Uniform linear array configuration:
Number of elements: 8
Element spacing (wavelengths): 0.75
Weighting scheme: kaiser
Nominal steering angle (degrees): -45
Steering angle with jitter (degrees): -45.662
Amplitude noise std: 0.05
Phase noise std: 0.05

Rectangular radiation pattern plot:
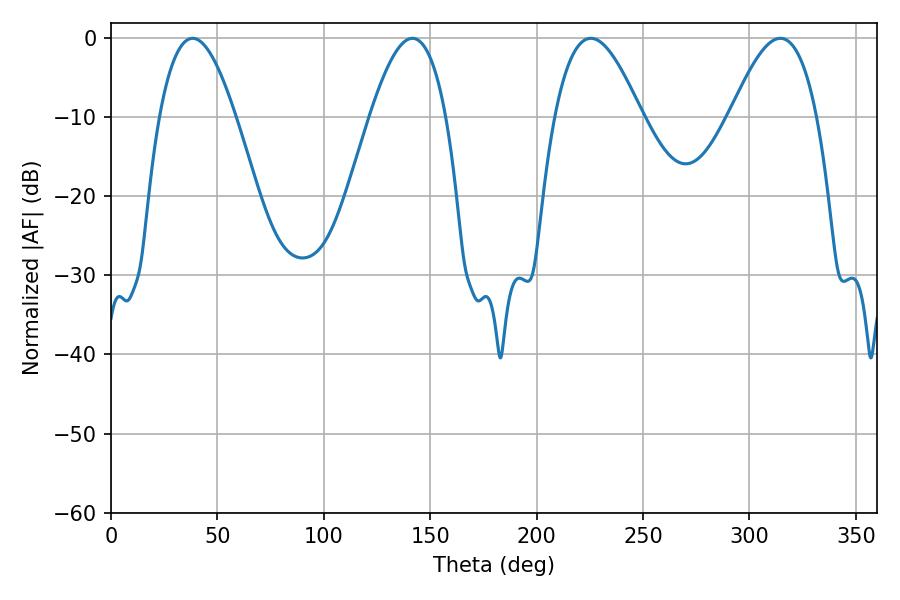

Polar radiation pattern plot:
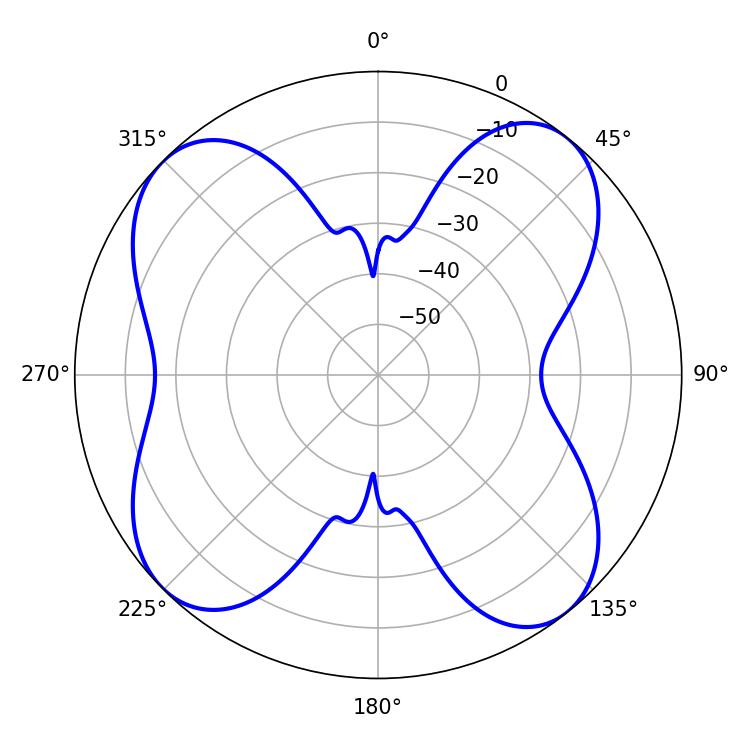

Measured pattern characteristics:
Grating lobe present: TRUE
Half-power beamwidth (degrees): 19.44
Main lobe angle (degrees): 38.34